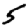
Digit: 5